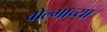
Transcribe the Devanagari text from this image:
वोल्गाच्या